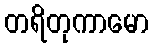
တရိတုကာမော